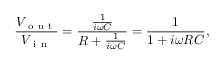
\frac { V _ { \mathrm { ~ o ~ u ~ t ~ } } } { V _ { \mathrm { ~ i ~ n ~ } } } = \frac { \frac { 1 } { i \omega C } } { R + \frac { 1 } { i \omega C } } = \frac { 1 } { 1 + i \omega R C } ,